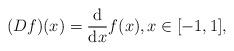
LaTeX: \begin{gather*}(Df)(x) = \frac{{\rm d}}{{\rm d}x}f(x), x\in[-1,1],\end{gather*}